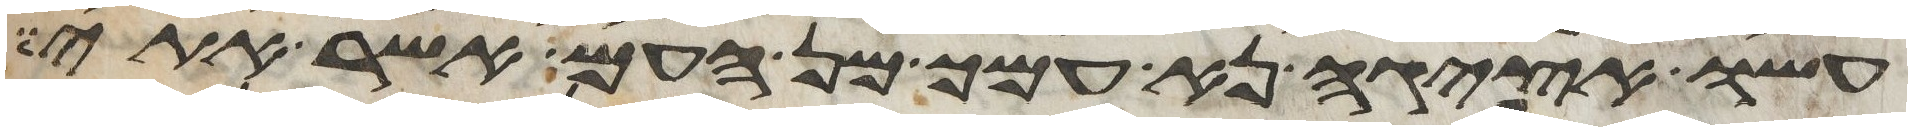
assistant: עשו אציגה נא עמך מן העם אשר אתי